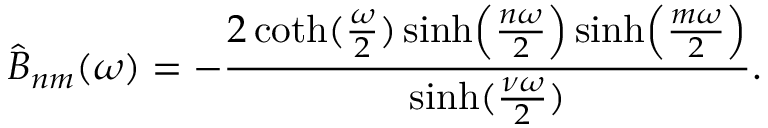
\hat { B } _ { n m } ( \omega ) = - { \frac { 2 \coth ( { \frac { \omega } { 2 } } ) \sinh \Bigl ( { \frac { n \omega } { 2 } } \Bigr ) \sinh \Bigl ( { \frac { m \omega } { 2 } } \Bigr ) } { \sinh ( { \frac { \nu \omega } { 2 } } ) } } .